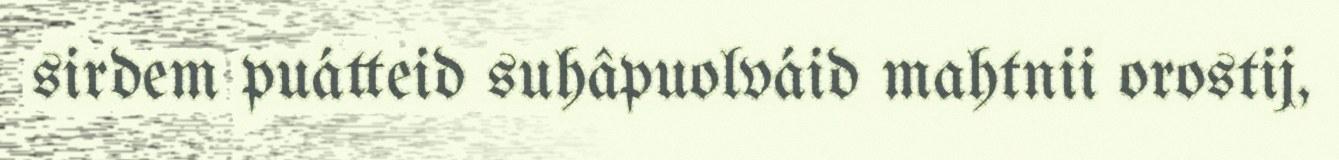
sirdem puátteid suhâpuolváid mahtnii orostij,